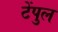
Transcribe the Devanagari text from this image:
टेंपुल